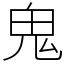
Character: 鬼